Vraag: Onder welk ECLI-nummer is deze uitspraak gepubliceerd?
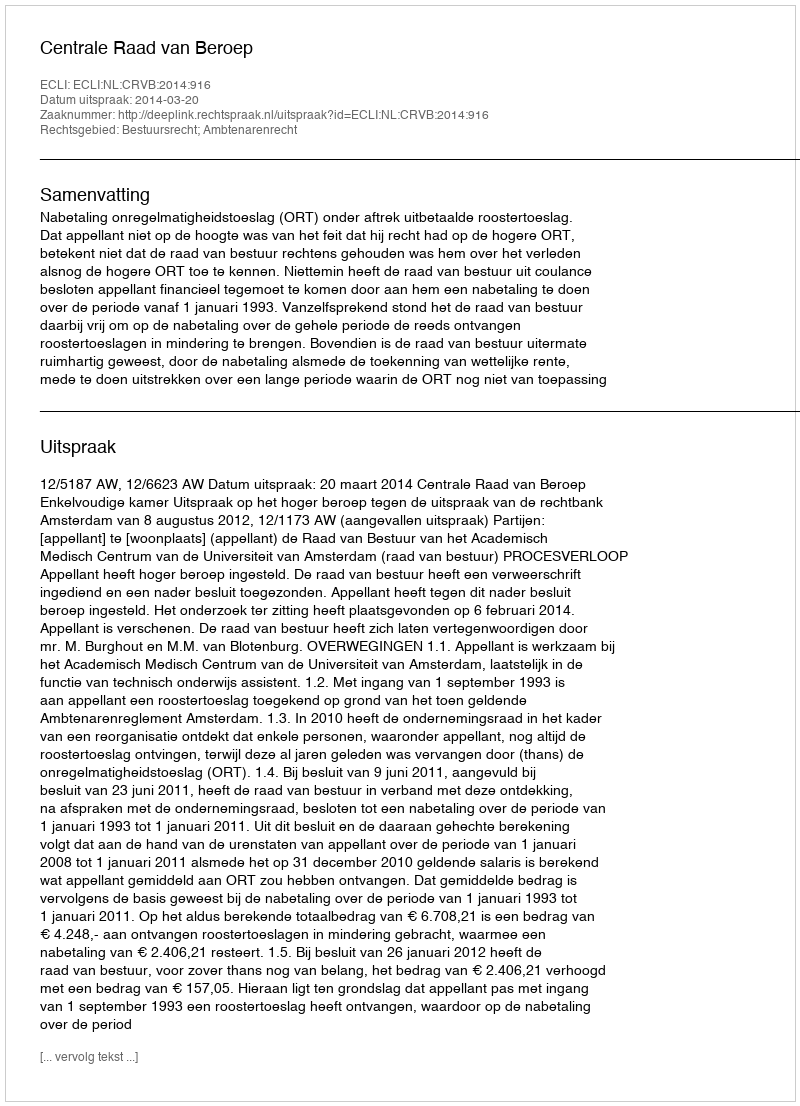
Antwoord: ECLI:NL:CRVB:2014:916